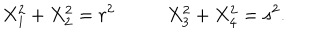
LaTeX: X _ { 1 } ^ { 2 } + X _ { 2 } ^ { 2 } = r ^ { 2 } \; X _ { 3 } ^ { 2 } + X _ { 4 } ^ { 2 } = s ^ { 2 } .